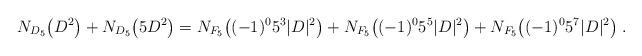
LaTeX: \begin{align*}N_{D_5}\big(D^2\big)+N_{D_5}\big(5D^2 \big)=N_{F_5}\big((-1)^0 5^3 |D|^2\big)+ N_{F_5}\big((-1)^0 5^5 |D|^2\big)+N_{F_5}\big((-1)^0 5^7 |D|^2\big)\;.\end{align*}